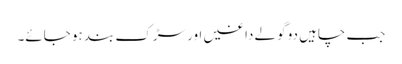
جب چاہیں دو گولے داغیں اور سڑک بند ہو جائے۔